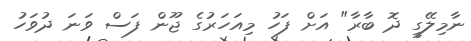
ނާމިލޭގީ ދޮ ބާރާ" އަށް ފަހު މިއަހަރުގެ ޖޫން ފަސް ވަނަ ދުވަހު